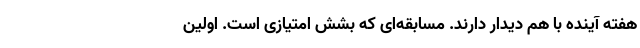
هفته آینده با هم دیدار دارند. مسابقه‌ای که بشش امتیازی است. اولین